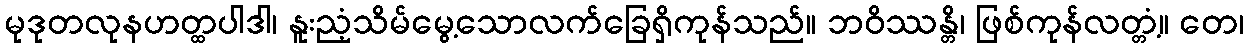
မုဒုတလုနဟတ္ထပါဒါ၊ နူးညံ့သိမ်မွေ့သောလက်ခြေရှိကုန်သည်။ ဘဝိဿန္တိ၊ ဖြစ်ကုန်လတ္တံ့။ တေ၊